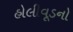
હોલીવૂડનો